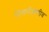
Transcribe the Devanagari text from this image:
निसर्गजाणीव